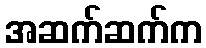
အဆက်ဆက်က